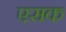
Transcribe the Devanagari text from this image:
एसक